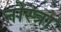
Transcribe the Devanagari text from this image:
नोस्त्रा